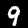
Label: 9